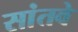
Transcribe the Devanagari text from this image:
सांतवे